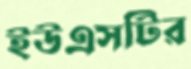
ইউএসটির